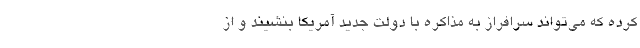
کرده که می‌تواند سرافراز به مذاکره با دولت جدید آمریکا بنشیند و از